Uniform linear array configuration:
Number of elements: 48
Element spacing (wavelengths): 0.75
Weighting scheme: binomial
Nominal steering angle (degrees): -15
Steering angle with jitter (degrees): -15.806
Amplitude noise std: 0.05
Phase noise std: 0.05

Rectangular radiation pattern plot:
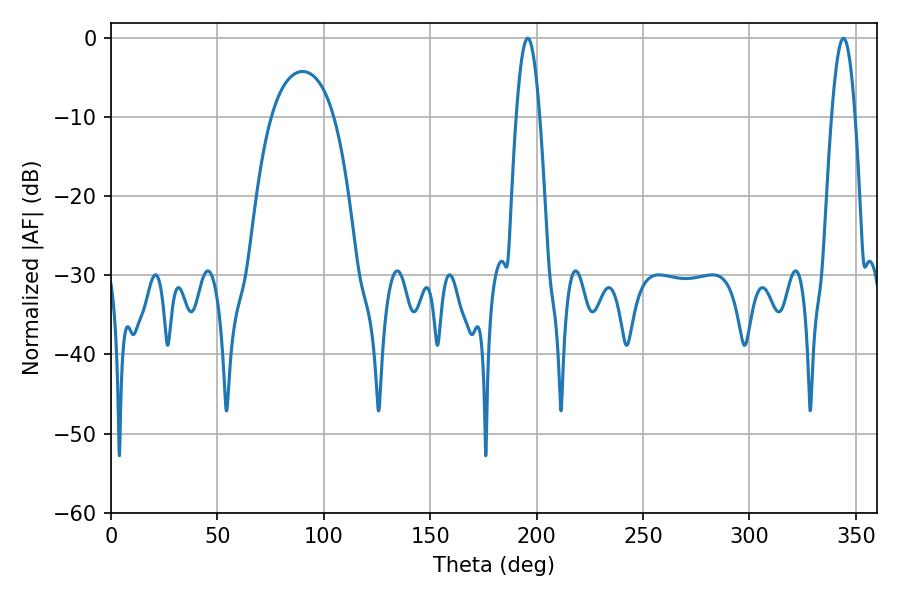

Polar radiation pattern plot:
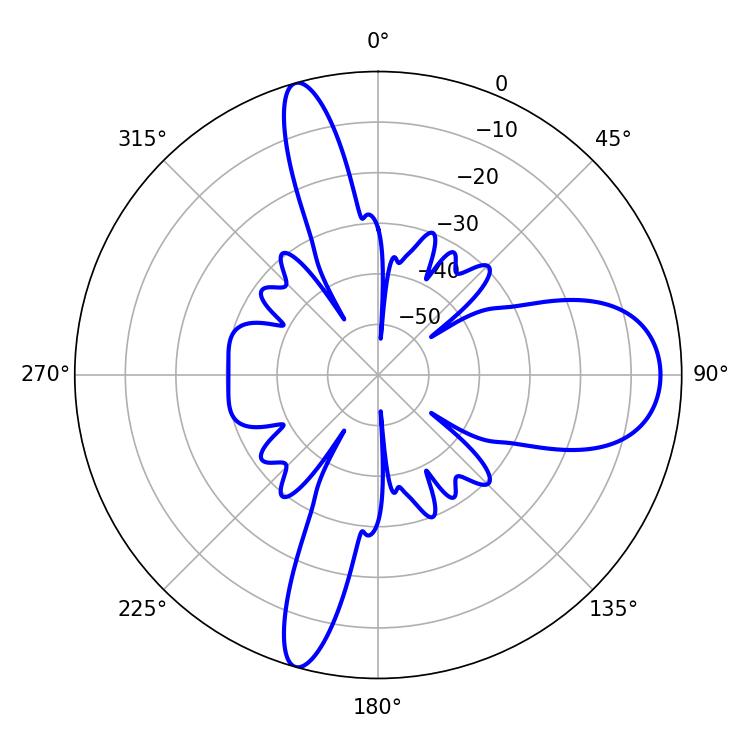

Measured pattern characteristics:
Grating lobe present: TRUE
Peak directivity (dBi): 13.668
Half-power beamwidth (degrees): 5.94
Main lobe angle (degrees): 195.84